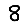
Digit: 8